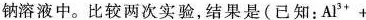
钠溶液中。比较两次实验，结果是(已知：Al^{3+} +